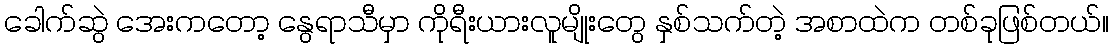
ခေါက်ဆွဲ အေးကတော့ နွေရာသီမှာ ကိုရီးယားလူမျိုးတွေ နှစ်သက်တဲ့ အစာထဲက တစ်ခုဖြစ်တယ်။